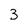
Character: 3